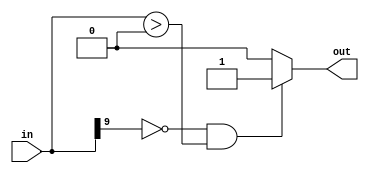
`timescale 1ns / 1ps
//////////////////////////////////////////////////////////////////////////////////
// Company: 
// Engineer: 
// 
// Design Name: 
// Module Name: a_f
// Project Name: 
// Target Devices: 
// Tool Versions: 
// Description: 
// 
// Dependencies: 
// 
// Revision:
// Revision 0.01 - File Created
// Additional Comments:
// 
//////////////////////////////////////////////////////////////////////////////////
module a_f(in, out);
input[9:0] in;
output reg out;
always @(in)
begin
if((in[9]== 0)&&(in>0)) out = 1'b1;
else 
out = 1'b0;
end
endmodule